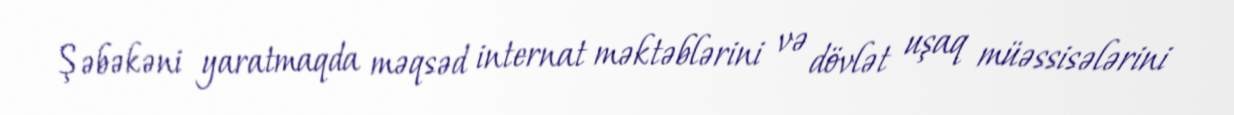
Şəbəkəni yaratmaqda məqsəd internat məktəblərini və dövlət uşaq müəssisələrini